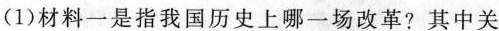
(1)材料一是指我国历史上哪一场改革?其中关